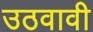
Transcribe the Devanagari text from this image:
उठवावी